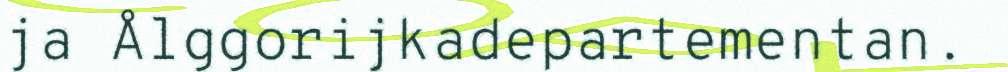
ja Ålggorijkadepartementan.